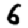
Digit: 6